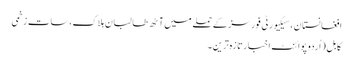
افغانستان ، سیکیورٹی فورسز کے حملے میں آٹھ طالبان ہلاک،سات زخمی
کابل (اُردو پوائنٹ اخبارتازہ ترین۔